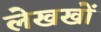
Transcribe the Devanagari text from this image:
लेखखों